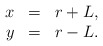
\begin{align*}\begin{array}{rcl}x&=&r+L,\\y&=&r-L.\end{array}\end{align*}